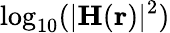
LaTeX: \log_{10}(|\mathbf{H}(\mathbf{r})|^{2})